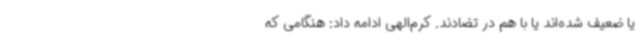
یا ضعیف شده‌اند یا با هم در تضادند. کرم‌الهی ادامه داد: هنگامی که